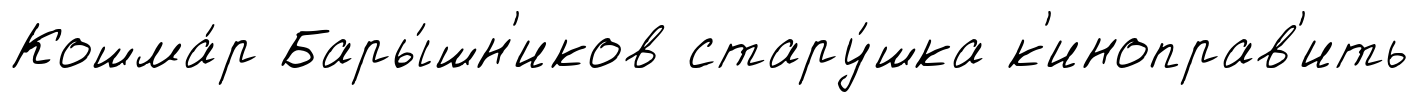
Кошма́р Бары́шн'иков стару́шка к'иноправ'ить